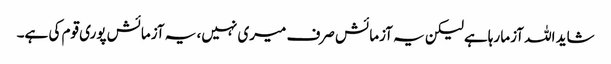
شاید اللہ آزما رہاہے لیکن یہ آزمائش صرف میری نہیں، یہ آزمائش پوری قوم کی ہے۔